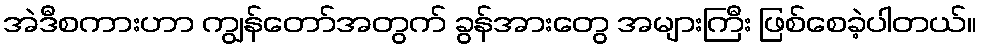
အဲဒီစကားဟာ ကျွန်တော်အတွက် ခွန်အားတွေ အများကြီး ဖြစ်စေခဲ့ပါတယ်။